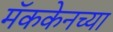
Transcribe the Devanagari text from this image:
मॅककेनच्या